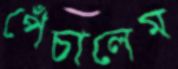
পেঁচালেম